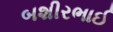
બશીરભાઈ